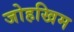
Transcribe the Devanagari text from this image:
जोहखिम